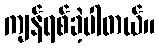
ကျန်ရစ်ခဲ့ပါတယ်။